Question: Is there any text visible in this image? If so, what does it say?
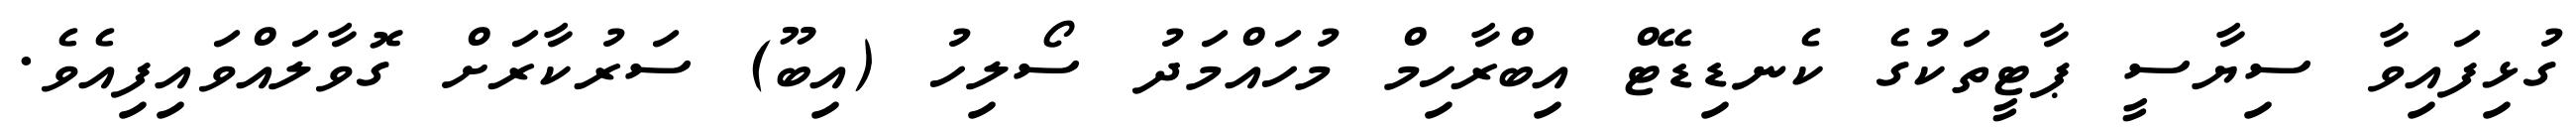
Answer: ގުޅިފައިވާ ސިޔާސީ ޕާޓީތަކުގެ ކެނޑިޑޭޓް އިބްރާހިމް މުހައްމަދު ސޯލިހު (އިބޫ) ސަރުކާރަށް ގޮވާލައްވައިފިއެވެ.